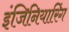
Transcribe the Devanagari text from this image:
इंजिनियारिंग